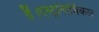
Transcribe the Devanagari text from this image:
हैं।एस्ट्रोनामिकल